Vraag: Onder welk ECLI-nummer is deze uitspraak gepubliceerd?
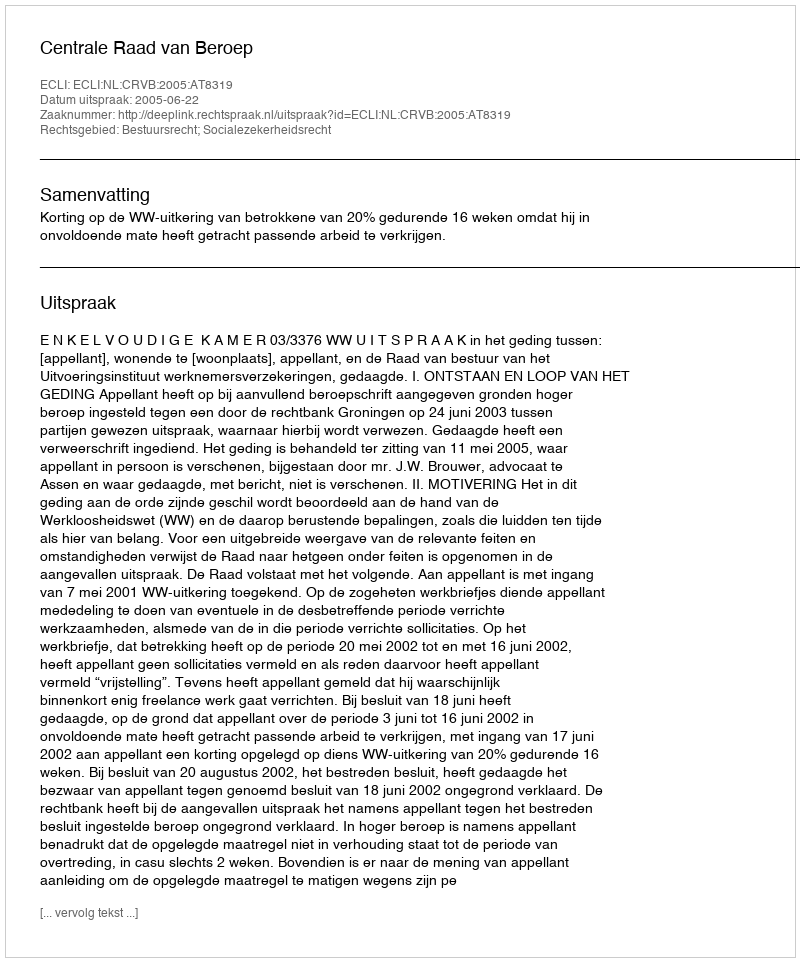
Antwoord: ECLI:NL:CRVB:2005:AT8319